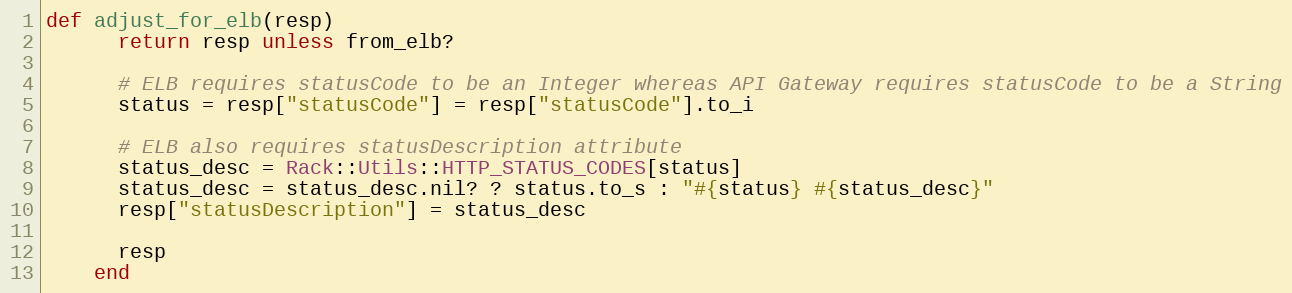
Language: Ruby
def adjust_for_elb(resp)
      return resp unless from_elb?

      # ELB requires statusCode to be an Integer whereas API Gateway requires statusCode to be a String
      status = resp["statusCode"] = resp["statusCode"].to_i

      # ELB also requires statusDescription attribute
      status_desc = Rack::Utils::HTTP_STATUS_CODES[status]
      status_desc = status_desc.nil? ? status.to_s : "#{status} #{status_desc}"
      resp["statusDescription"] = status_desc

      resp
    end